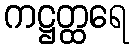
ကဋ္ဌတ္ထရေ